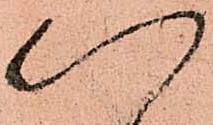
以